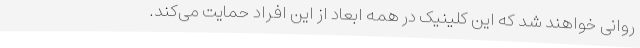
روانی خواهند شد که این کلینیک در همه ابعاد از این افراد حمایت می‌کند.